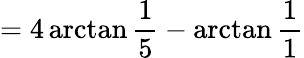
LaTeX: =4\arctan{\frac{1}{5}}-\arctan{\frac{1}{1}}